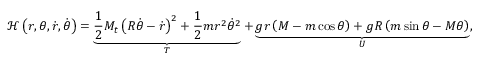
{ \mathcal { H } } \left( r , \theta , { \dot { r } } , { \dot { \theta } } \right) = \underbrace { { \frac { 1 } { 2 } } M _ { t } \left( R { \dot { \theta } } - { \dot { r } } \right) ^ { 2 } + { \frac { 1 } { 2 } } m r ^ { 2 } { \dot { \theta } } ^ { 2 } } _ { T } + \underbrace { g r \left( M - m \cos { \theta } \right) + g R \left( m \sin { \theta } - M \theta \right) } _ { U } ,